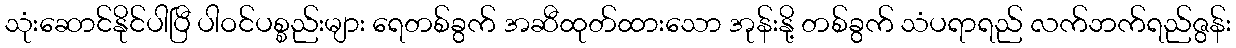
သုံးဆောင်နိုင်ပါပြီ ပါဝင်ပစ္စည်းများ ရေတစ်ခွက် အဆီထုတ်ထားသော အုန်းနို့ တစ်ခွက် သံပရာရည် လက်ဘက်ရည်ဇွန်း